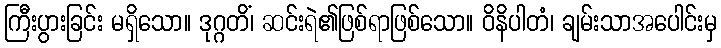
ကြီးပွားခြင်း မရှိသော။ ဒုဂ္ဂတိံ၊ ဆင်းရဲ၏ဖြစ်ရာဖြစ်သော။ ဝိနိပါတံ၊ ချမ်းသာအပေါင်းမှ